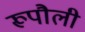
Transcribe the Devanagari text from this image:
रूपौली